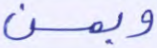
وبمن